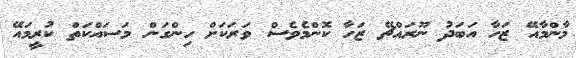
މާންމާއޭ ޒަހާ އަބަދު ނޫރައްޗޭ ޒަހާ ކޮންމެވެސް ވަރަކަށް ހިންގަން މަސައްކަތް ކުރީމައޭ